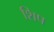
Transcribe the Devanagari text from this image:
शिप